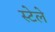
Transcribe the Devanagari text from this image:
स्टेले